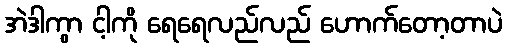
အဲဒါကွာ ငါ့ကို ရေရေလည်လည် ဟောက်တော့တာပဲ